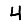
Digit: 4